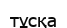
тұсқа